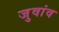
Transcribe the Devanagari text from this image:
जुवांव